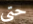
حتى